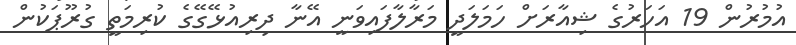
އުމުރުން 19 އަހަރުގެ ޝިއާރަށް ހަމަލަދީ މަރާލާފައިވަނީ އޭނާ ދިރިއުޅޭގޭގެ ކުރިމަތީ ގުރޫޕަކުން